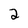
Character: 2